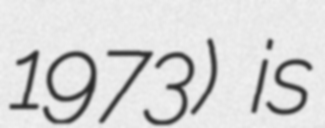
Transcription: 1973) is